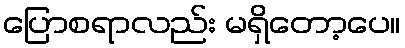
ပြောစရာလည်း မရှိတော့ပေ။